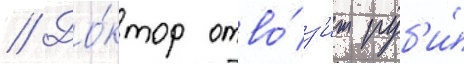
// До́ктор отво́з'ит руб'и́